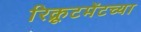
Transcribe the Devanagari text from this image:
रिक्रूटमेंटच्या